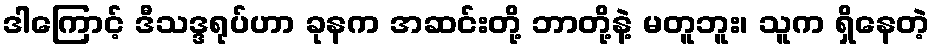
ဒါကြောင့် ဒီသဒ္ဒရုပ်ဟာ ခုနက အဆင်းတို့ ဘာတို့နဲ့ မတူဘူး၊ သူက ရှိနေတဲ့